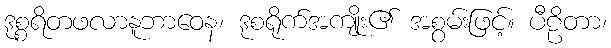
ဒုစ္စရိတဖလာနူဘာဝေန၊ ဒုစရိုက်အကျိုး၏ အစွမ်းဖြင့်။ ပီဠိတာ၊